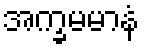
အက္ခမမာနံ